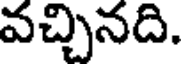
వచ్చినది.